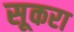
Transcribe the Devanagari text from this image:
सूकरा